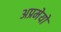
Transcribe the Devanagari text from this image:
अप्रमेयो